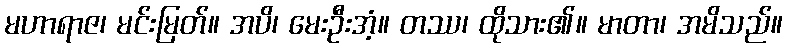
မဟာရာဇ၊ မင်းမြတ်။ အပိ၊ မေးဦးအံ့။ တဿ၊ ထိုသား၏။ မာတာ၊ အမိသည်။